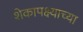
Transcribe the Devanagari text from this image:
शेकापक्ष्याच्या